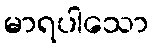
မာရပါသော